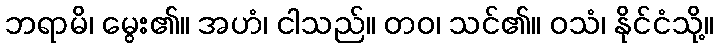
ဘရာမိ၊ မွေး၏။ အဟံ၊ ငါသည်။ တဝ၊ သင်၏။ ဝသံ၊ နိုင်ငံသို့။